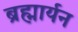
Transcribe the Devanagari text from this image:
ब्रह्मार्यन